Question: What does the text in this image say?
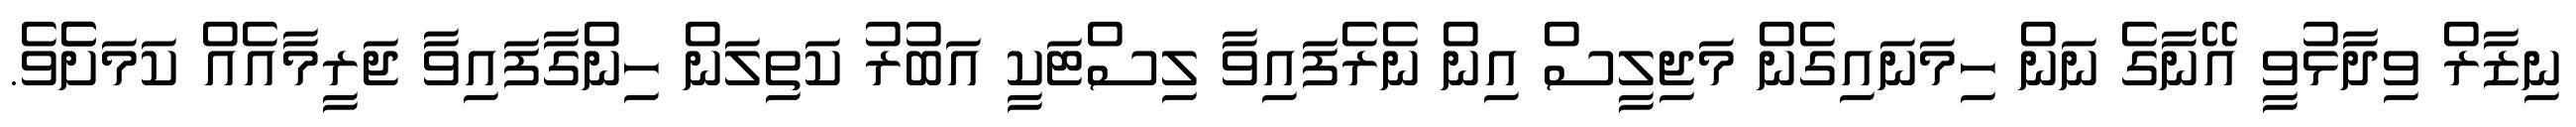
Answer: ނިޒާރް ވިދާޅުވީ އޭނާގެ ނަން ހިމަނައިގެން މަޖިލީސް އިން ނެރެފައިވާ ލިސްޓަކީ އަބުރު ކަތިލަން ހިންގާފައިވާ ޖަރީމާއެއް ކަމަށެެވެ.